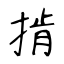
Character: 掯